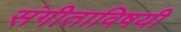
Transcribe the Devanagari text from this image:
संगीताविषयी